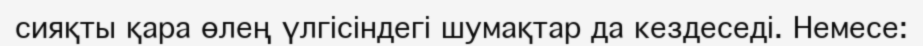
сияқты қара өлең үлгiсiндегi шумақтар да кездеседi. Немесе: